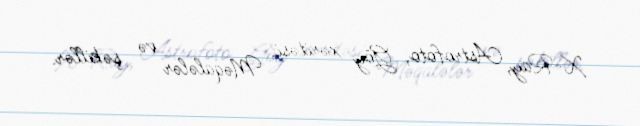
X-Ray, Astrofoto, Göy xəritəsi, Məqalələr və şəkillər.